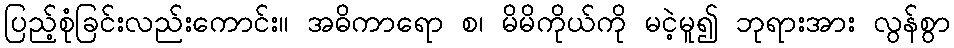
ပြည့်စုံခြင်းလည်းကောင်း။ အဓိကာရော စ၊ မိမိကိုယ်ကို မငဲ့မူ၍ ဘုရားအား လွန်စွာ